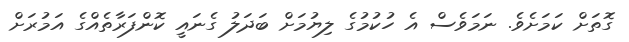
ގޮތަށް ކަމަށެވެ. ނަމަވެސް އެ ހުކުމުގެ ލިޔުމަށް ބަދަލު ގެނައީ ކޮންފަރާތެއްގެ އަމުރަށް